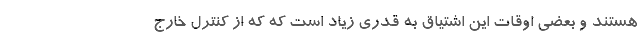
هستند و بعضی اوقات این اشتیاق به قدری زیاد است که که از کنترل خارج